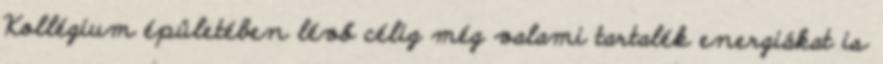
Kollégium épületében lévő célig még valami tartalék energiákat is